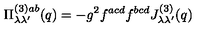
\Pi _ { \lambda \lambda ^ { \prime } } ^ { ( 3 ) a b } ( q ) = - g ^ { 2 } f ^ { a c d } f ^ { b c d } J _ { \lambda \lambda ^ { \prime } } ^ { ( 3 ) } ( q )